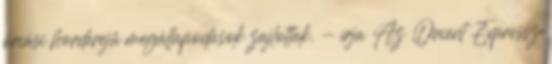
óriási horderejű megállapodások zajlottak. - írja Az Orient Expressz